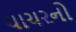
ચાચરનો